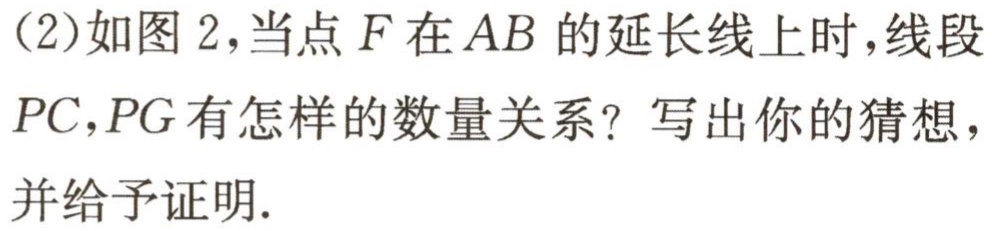
(2)如图2，当点\(F\)在\(AB\)的延长线上时，线段\(PC,PG\)有怎样的数量关系？写出你的猜想，并给予证明.